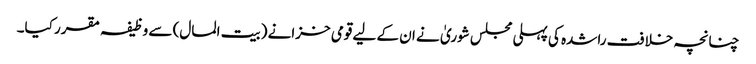
چنانچہ خلافت راشدہ کی پہلی مجلس شوریٰ نے ان کے لیے قومی خزانے (بیت المال) سے وظیفہ مقرر کیا۔